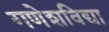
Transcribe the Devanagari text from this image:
गणेशविद्या